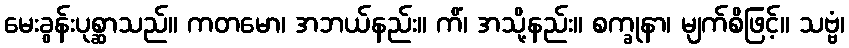
မေးခွန်းပုစ္ဆာသည်။ ကတမော၊ အဘယ်နည်း။ ကိံ၊ အသို့နည်း။ စက္ခုနာ၊ မျက်စိဖြင့်။ သဗ္ဗံ၊